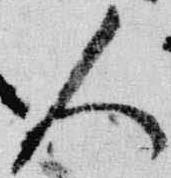
人